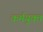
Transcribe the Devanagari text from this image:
कर्मयुक्त